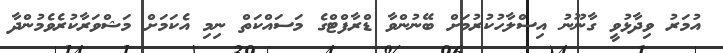
އުމަރު ވިދާޅުވީ ގާނޫނު އިސްލާހުކުރުމަށް ބޭނުންވާ ޑްރާފްޓްގެ މަސައްކަތް ނިމި އެކަމަށް މަޝްވަރާކުރެވެމުންދާ